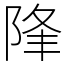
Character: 䧏